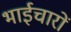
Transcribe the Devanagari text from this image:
भाईचारों